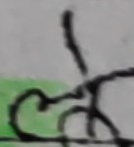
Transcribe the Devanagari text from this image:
छ